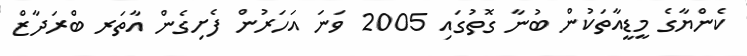
ކެންޔާގެ މީޑީއާތަކުން ބުނާ ގޮތުގައި 2005 ވަނަ އަހަރުން ފެށިގެން އާތަރ ބްރަދާޒް